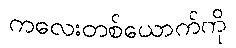
ကလေးတစ်ယောက်ကို